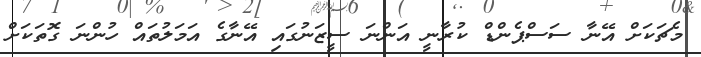
މެޗަކަށް އޭނާ ސަސްޕެންޑް ކުރާނީ އަންނަ ސީޒަނުގައި އޭނާގެ އަމަލުތައް ހުންނަ ގޮތަކަށް